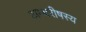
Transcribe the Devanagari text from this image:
अम्बरीषस्य